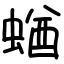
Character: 蝤